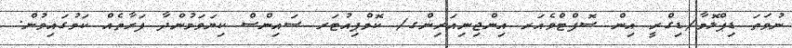
ނުވަތަ ޑިޕްލޮމާ/ޑިގްރީ އިން ސޮފްޓްވެއަރ އިންޖިނިއަރިންގ/ ކޮމްޕިއުޓަރ ސައިންސް ކިޔަވަމުންދާ ފަރާތެއް ކަމުގައިވުން.